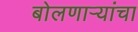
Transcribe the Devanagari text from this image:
बोलणार्‍यांचा